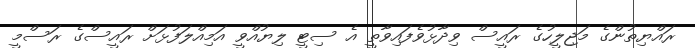
ރައްޔިތުންގެ މަޖިލީހުގެ ރައީސް ވިދާޅުވެފައިވާތީ އެ ސިޓީ ލިޔުއްވީ އަމިއްލަފުޅަށް ރައީސްގެ ރަސްމީ